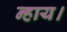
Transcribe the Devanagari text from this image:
न्हाय।